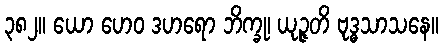
၃၈၂။ ယော ဟေဝ ဒဟရော ဘိက္ခု၊ ယုဉ္ဇတိ ဗုဒ္ဓသာသနေ။